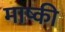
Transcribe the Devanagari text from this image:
माष्की